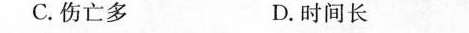
C. 伤亡多 D. 时间长